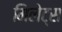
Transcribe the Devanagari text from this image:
मिलेट्स